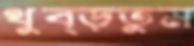
থুব্‌ড়তুম